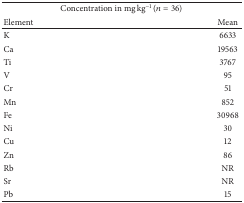
| <COLSPAN=2> Concentration in mg kg−1 (n = 36) |
 | Element | Mean |
 | --- | --- |
 | K | 6633 |
 | Ca | 19563 |
 | Ti | 3767 |
 | V | 95 |
 | Cr | 51 |
 | Mn | 852 |
 | Fe | 30968 |
 | Ni | 30 |
 | Cu | 12 |
 | Zn | 86 |
 | Rb | NR |
 | Sr | NR |
 | Pb | 15 |